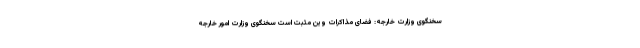
سخنگوی وزارت خارجه: فضای مذاکرات وین مثبت است سخنگوی وزارت امور خارجه